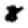
Digit: 8